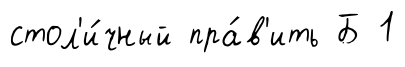
стол'и́чный пра́в'ить Б 1